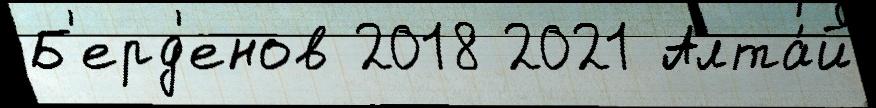
Б'ерд'енов 2018 2021 Алта́й